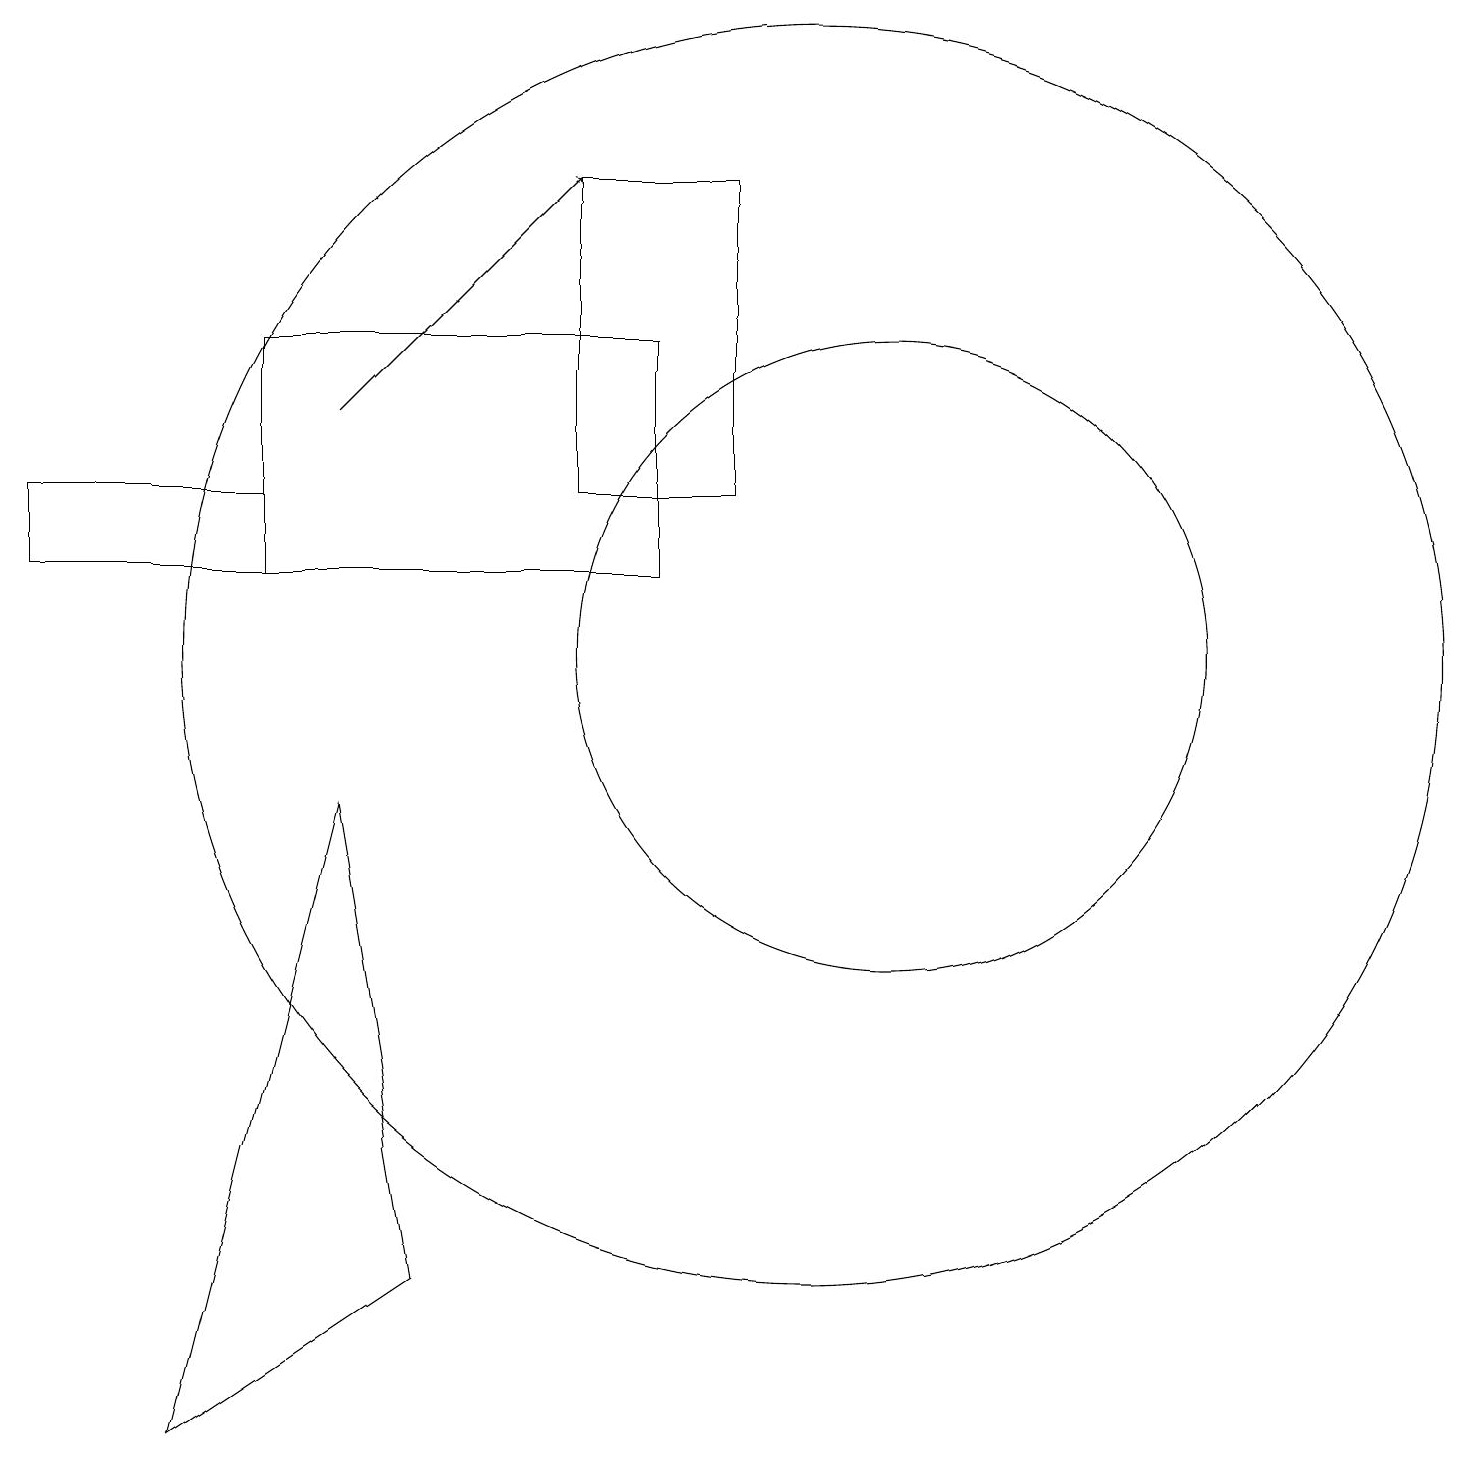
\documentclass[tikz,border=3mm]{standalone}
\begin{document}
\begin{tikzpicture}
\draw (3,15) rectangle (8,12);
\draw (9,13) rectangle (7,17);
\draw (11,11) circle (4);
\draw (10,11) circle (8);
\draw (2,1) -- (4,9) -- (5,3) -- cycle;
\draw[->] (4,14) -- (7,17);
\draw (3,12) rectangle (0,13);
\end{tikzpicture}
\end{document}